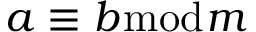
a \equiv b { \bmod { m } }